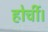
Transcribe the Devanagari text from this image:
होर्ची।